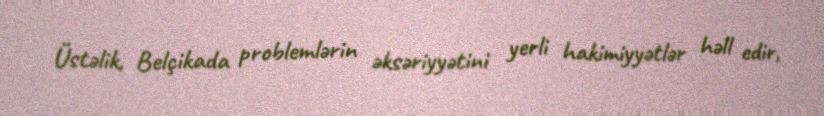
Üstəlik, Belçikada problemlərin əksəriyyətini yerli hakimiyyətlər həll edir,